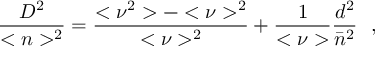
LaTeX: { \frac { D ^ { 2 } } { < n > ^ { 2 } } } = { \frac { < \nu ^ { 2 } > - < \nu > ^ { 2 } } { < \nu > ^ { 2 } } } + { \frac { 1 } { < \nu > } } { \frac { d ^ { 2 } } { \bar { n } ^ { 2 } } } \ \ ,